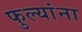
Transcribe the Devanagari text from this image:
फुल्यांना